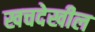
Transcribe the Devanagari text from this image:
खचदेखील